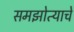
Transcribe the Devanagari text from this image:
समझोत्याचे